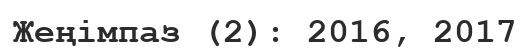
Жеңімпаз (2): 2016, 2017